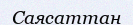
Саясаттан